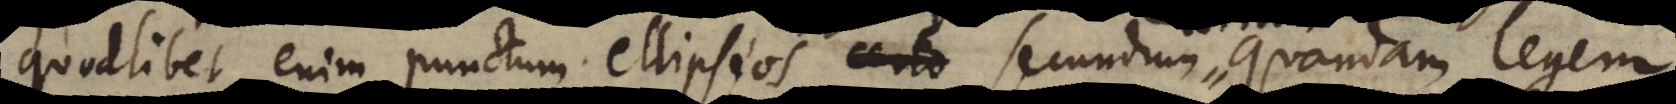
quodlibet enim punctum ellipseos certo secundum quandam legem